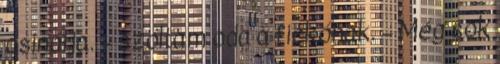
csinálja. – szóltam oda a fickónak. – Még sok